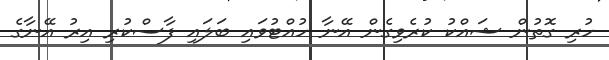
ހުރި ގޮތުން ޝައްކު ކުރެވިގެން އޭނާ ހުއްޓުވައި ބަލައި ފާސްކުރި އިރު އޭނާގެ